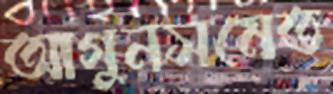
আগুনসমেত